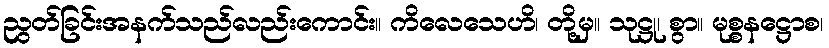
ညွတ်ခြင်းအနက်သည်လည်းကောင်း။ ကိလေသေဟိ၊ တို့မှ။ သုဋ္ဌု၊ စွာ။ မုစ္စနဋ္ဌောစ၊